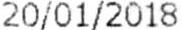
20/01/2018